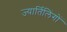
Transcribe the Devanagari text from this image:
ज्यार्तिलिंगों